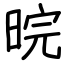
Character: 晥